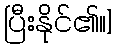
ပြီးနိုင်၏။]